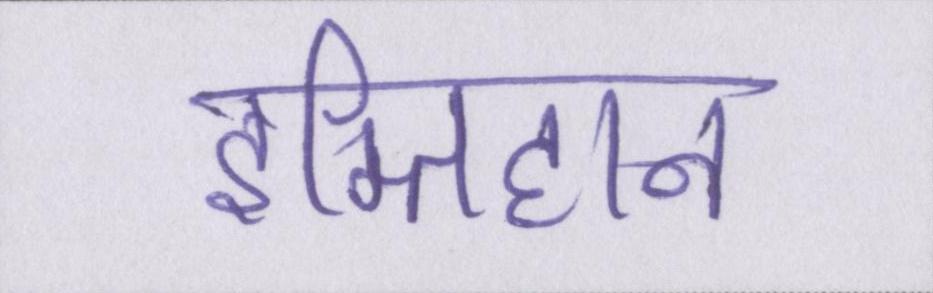
इम्तिहान